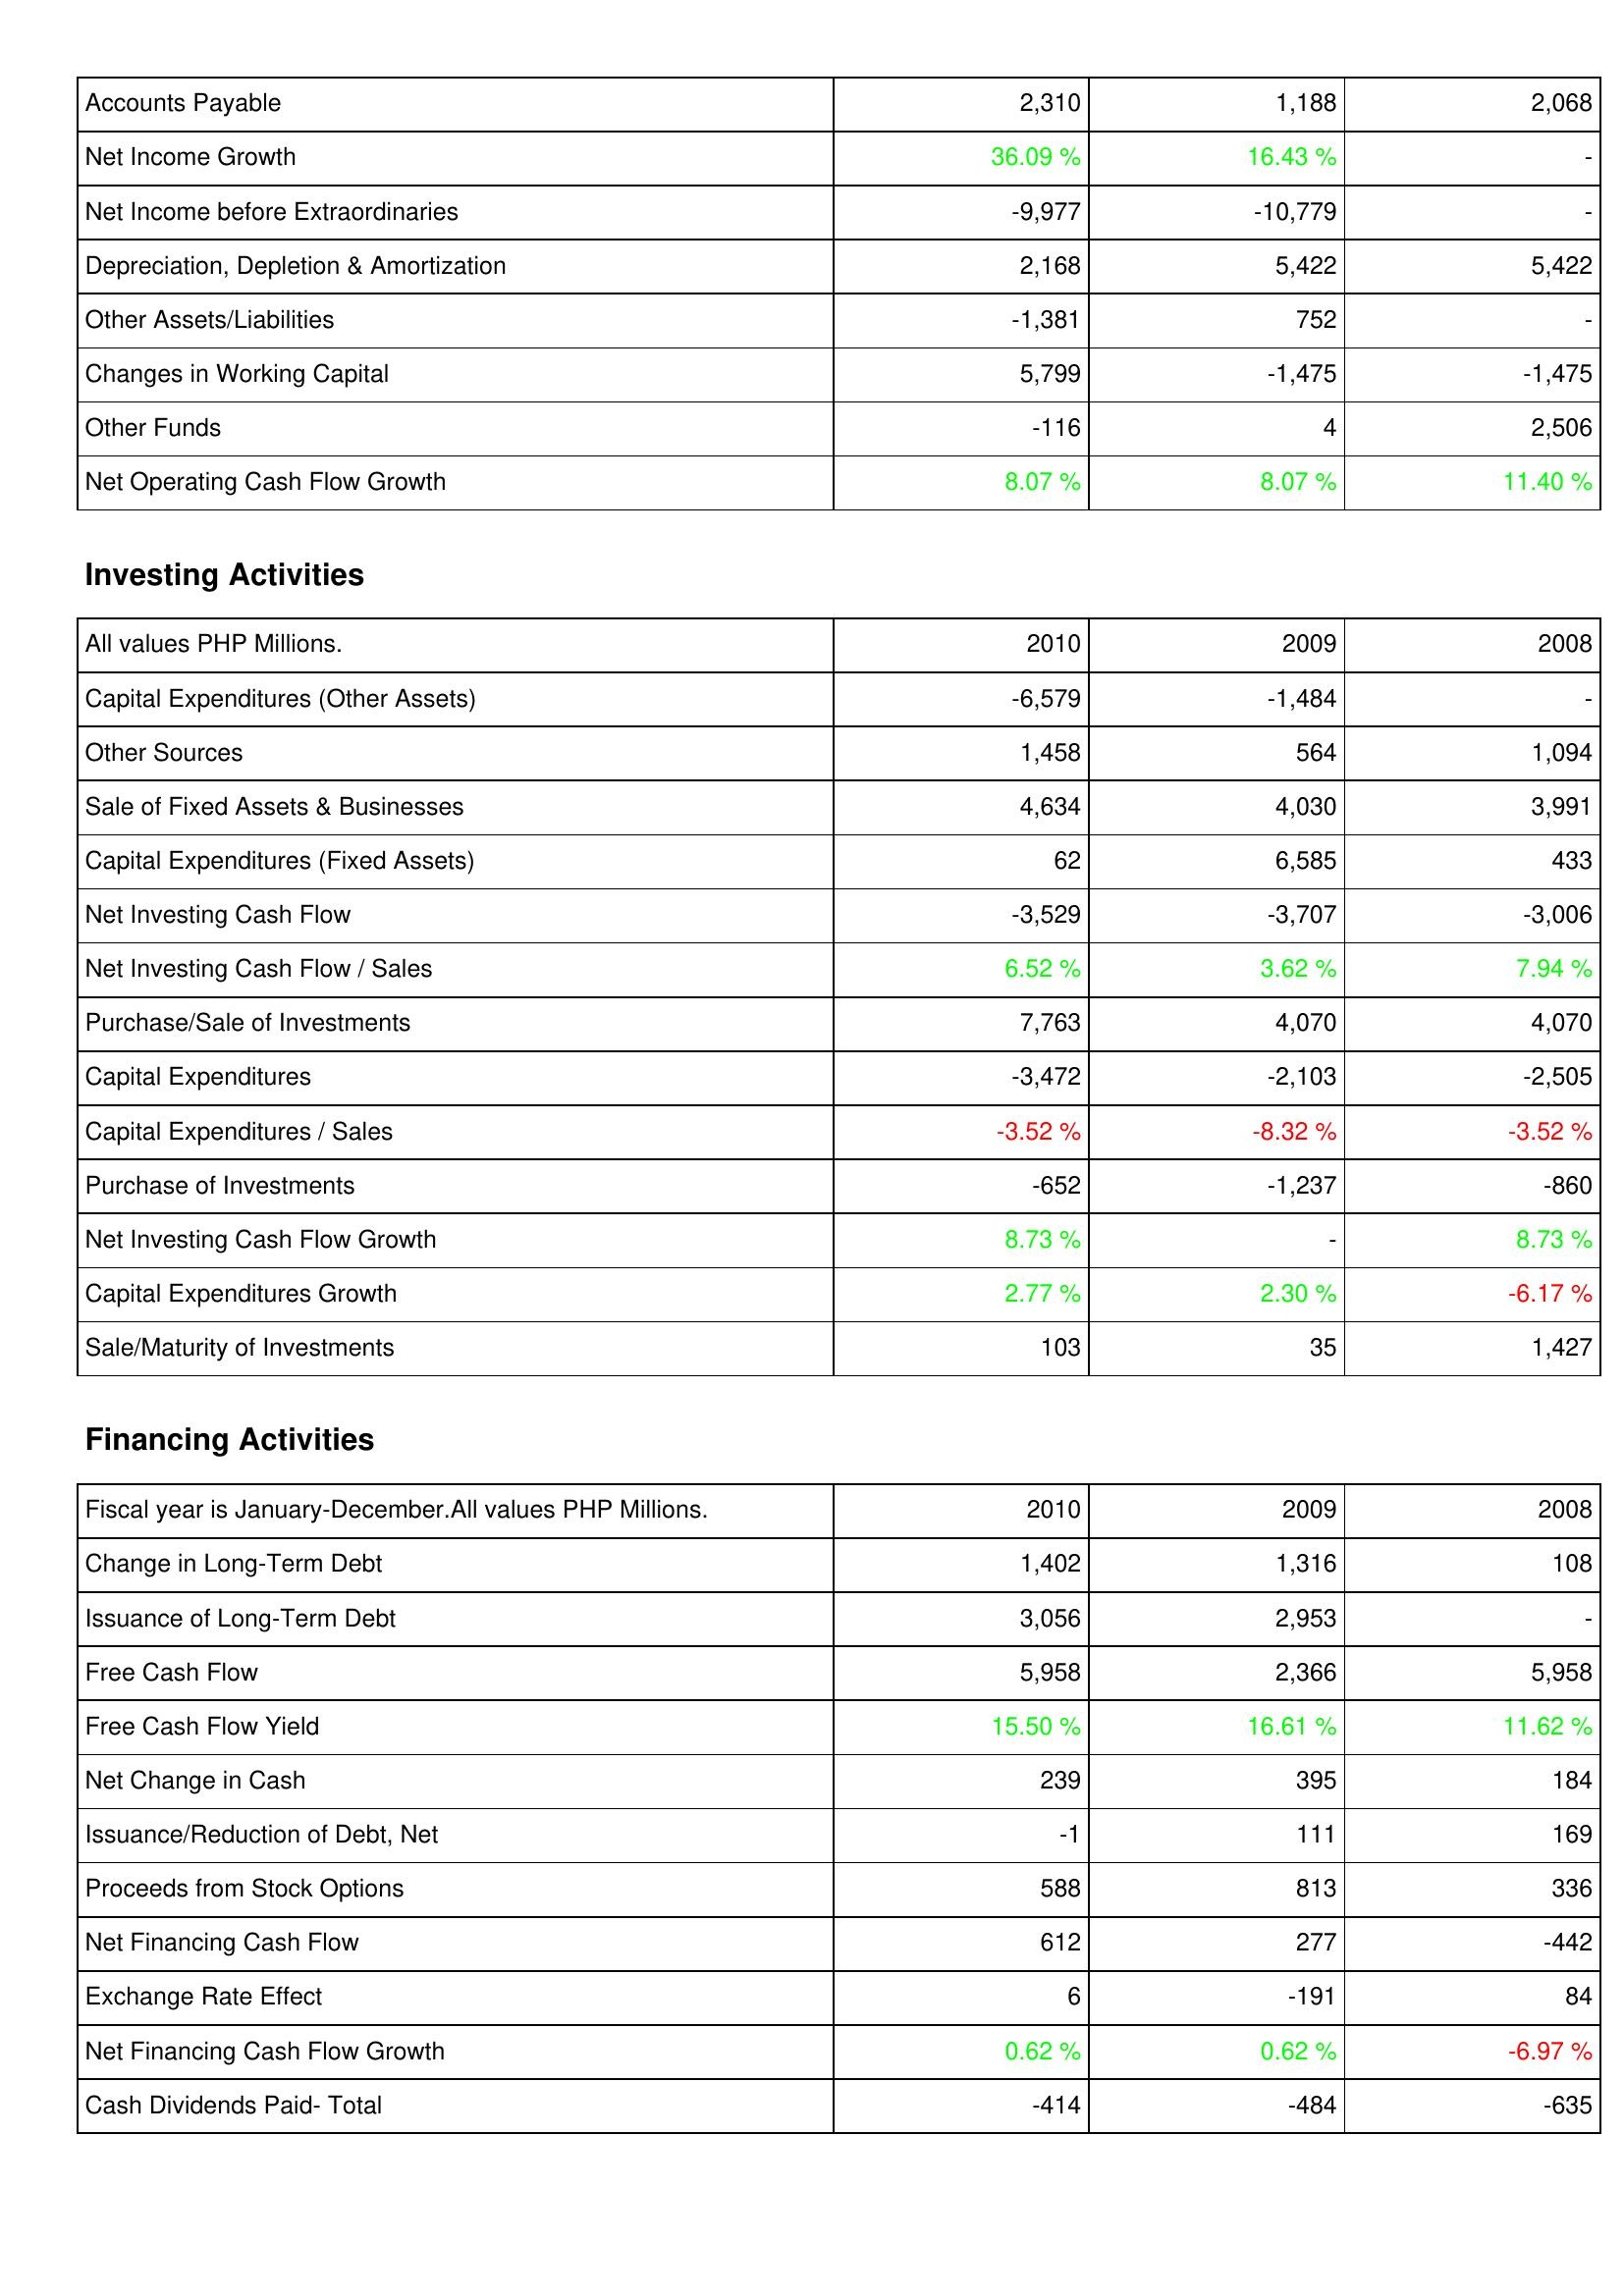
2010: Operating Activities: Accounts Payable: 2,310
Net Income Growth: 36.09 %
Net Income before Extraordinaries: -9,977
Depreciation, Depletion & Amortization: 2,168
Other Assets/Liabilities: -1,381
Changes in Working Capital: 5,799
Other Funds: -116
Net Operating Cash Flow Growth: 8.07 %
Investing Activities: Capital Expenditures (Other Assets): -6,579
Other Sources: 1,458
Sale of Fixed Assets & Businesses: 4,634
Capital Expenditures (Fixed Assets): 62
Net Investing Cash Flow: -3,529
Net Investing Cash Flow / Sales: 6.52 %
Purchase/Sale of Investments: 7,763
Capital Expenditures: -3,472
Capital Expenditures / Sales: -3.52 %
Purchase of Investments: -652
Net Investing Cash Flow Growth: 8.73 %
Capital Expenditures Growth: 2.77 %
Sale/Maturity of Investments: 103
Financing Activities: Change in Long-Term Debt: 1,402
Issuance of Long-Term Debt: 3,056
Free Cash Flow: 5,958
Free Cash Flow Yield: 15.50 %
Net Change in Cash: 239
Issuance/Reduction of Debt, Net: -1
Proceeds from Stock Options: 588
Net Financing Cash Flow: 612
Exchange Rate Effect: 6
Net Financing Cash Flow Growth: 0.62 %
Cash Dividends Paid- Total: -414
2009: Operating Activities: Accounts Payable: 1,188
Net Income Growth: 16.43 %
Net Income before Extraordinaries: -10,779
Depreciation, Depletion & Amortization: 5,422
Other Assets/Liabilities: 752
Changes in Working Capital: -1,475
Other Funds: 4
Net Operating Cash Flow Growth: 8.07 %
Investing Activities: Capital Expenditures (Other Assets): -1,484
Other Sources: 564
Sale of Fixed Assets & Businesses: 4,030
Capital Expenditures (Fixed Assets): 6,585
Net Investing Cash Flow: -3,707
Net Investing Cash Flow / Sales: 3.62 %
Purchase/Sale of Investments: 4,070
Capital Expenditures: -2,103
Capital Expenditures / Sales: -8.32 %
Purchase of Investments: -1,237
Net Investing Cash Flow Growth: -
Capital Expenditures Growth: 2.30 %
Sale/Maturity of Investments: 35
Financing Activities: Change in Long-Term Debt: 1,316
Issuance of Long-Term Debt: 2,953
Free Cash Flow: 2,366
Free Cash Flow Yield: 16.61 %
Net Change in Cash: 395
Issuance/Reduction of Debt, Net: 111
Proceeds from Stock Options: 813
Net Financing Cash Flow: 277
Exchange Rate Effect: -191
Net Financing Cash Flow Growth: 0.62 %
Cash Dividends Paid- Total: -484
2008: Operating Activities: Accounts Payable: 2,068
Net Income Growth: -
Net Income before Extraordinaries: -
Depreciation, Depletion & Amortization: 5,422
Other Assets/Liabilities: -
Changes in Working Capital: -1,475
Other Funds: 2,506
Net Operating Cash Flow Growth: 11.40 %
Investing Activities: Capital Expenditures (Other Assets): -
Other Sources: 1,094
Sale of Fixed Assets & Businesses: 3,991
Capital Expenditures (Fixed Assets): 433
Net Investing Cash Flow: -3,006
Net Investing Cash Flow / Sales: 7.94 %
Purchase/Sale of Investments: 4,070
Capital Expenditures: -2,505
Capital Expenditures / Sales: -3.52 %
Purchase of Investments: -860
Net Investing Cash Flow Growth: 8.73 %
Capital Expenditures Growth: -6.17 %
Sale/Maturity of Investments: 1,427
Financing Activities: Change in Long-Term Debt: 108
Issuance of Long-Term Debt: -
Free Cash Flow: 5,958
Free Cash Flow Yield: 11.62 %
Net Change in Cash: 184
Issuance/Reduction of Debt, Net: 169
Proceeds from Stock Options: 336
Net Financing Cash Flow: -442
Exchange Rate Effect: 84
Net Financing Cash Flow Growth: -6.97 %
Cash Dividends Paid- Total: -635